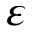
\varepsilon